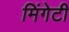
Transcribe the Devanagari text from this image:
मिंगेटी